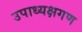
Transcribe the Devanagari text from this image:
उपाध्यक्षगण